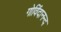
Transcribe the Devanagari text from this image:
गोविंदानन्द